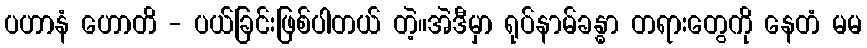
ပဟာနံ ဟောတိ - ပယ်ခြင်းဖြစ်ပါတယ် တဲ့။အဲဒီမှာ ရုပ်နာမ်ခန္ဓာ တရားတွေကို နေတံ မမ